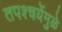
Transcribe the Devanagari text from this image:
तपश्‍चर्येमुळे